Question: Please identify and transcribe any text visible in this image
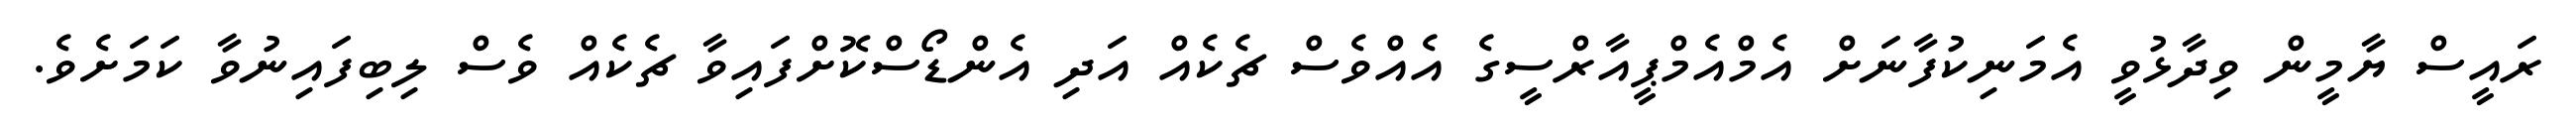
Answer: ރައީސް ޔާމީން ވިދާޅުވީ އެމަނިކުފާނަށް އެމްއެމްޕީއާރްސީގެ އެއްވެސް ޗެކެއް އަދި އެންޑޯސްކޮށްފައިވާ ޗެކެއް ވެސް ލިބިފައިނުވާ ކަމަށެވެ.